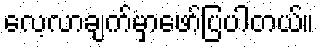
လေ့လာချက်မှာဖော်ပြပါတယ်။